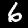
Digit: 6